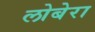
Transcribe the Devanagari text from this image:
लोबेरा